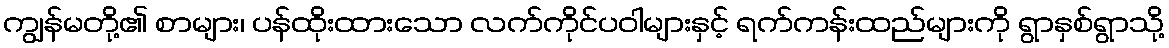
ကျွန်မတို့၏ စာများ၊ ပန်ထိုးထားသော လက်ကိုင်ပဝါများနှင့် ရက်ကန်းထည်များကို ရွာနှစ်ရွာသို့